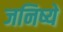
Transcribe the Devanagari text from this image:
जनिष्ये